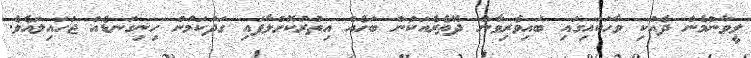
ލީވާންމެން ދެއްކި ވާހަކައިގައި ބައިވެރިވާން ދޭތެރެއަކުން ބަހެއް އިތުރުކޮށްލާފައި ގަދަކަމުން ހިނިގަނޑެއް ޖަހައިލައެވެ.